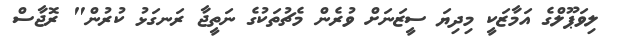
ލިވަޕޫލްގެ އަމާޒަކީ މިދިޔަ ސީޒަނަށް ވުރެން މެޗުތަކުގެ ނަތީޖާ ރަނގަޅު ކުރުން" ރޮޖާސް